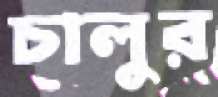
চালুর